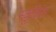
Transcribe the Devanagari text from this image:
स्कूकिल